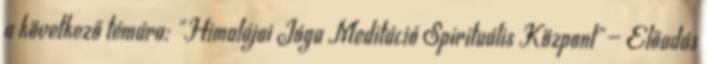
a következő témára: "Himalájai Jóga Meditáció Spirituális Központ"— Előadás